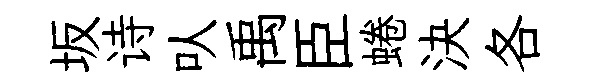
坂诗㕥禹臣蜷決各